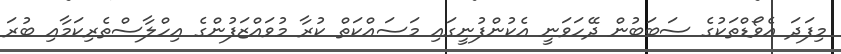
މިފަދަ އެވޯޑްތަކުގެ ސަބަބުން ދޭހަވަނީ އެކުންފުނީގައި މަސައްކަތް ކުރާ މުވައްޒަފުންގެ އިހްލާސްތެރިކަމާއި ބުރަ